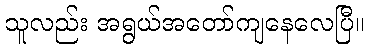
သူလည်း အရွယ်အတော်ကျနေလေပြီ။